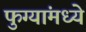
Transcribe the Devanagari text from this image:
फुग्यांमध्ये